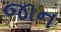
જાન